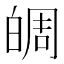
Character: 皗